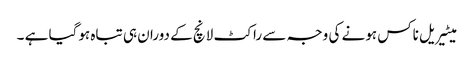
میٹیریل ناکس ہونے کی وجہ سے راکٹ لانچ کے دوران ہی تباہ ہوگیا ہے ۔